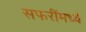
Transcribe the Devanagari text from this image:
सफरींमध्ये